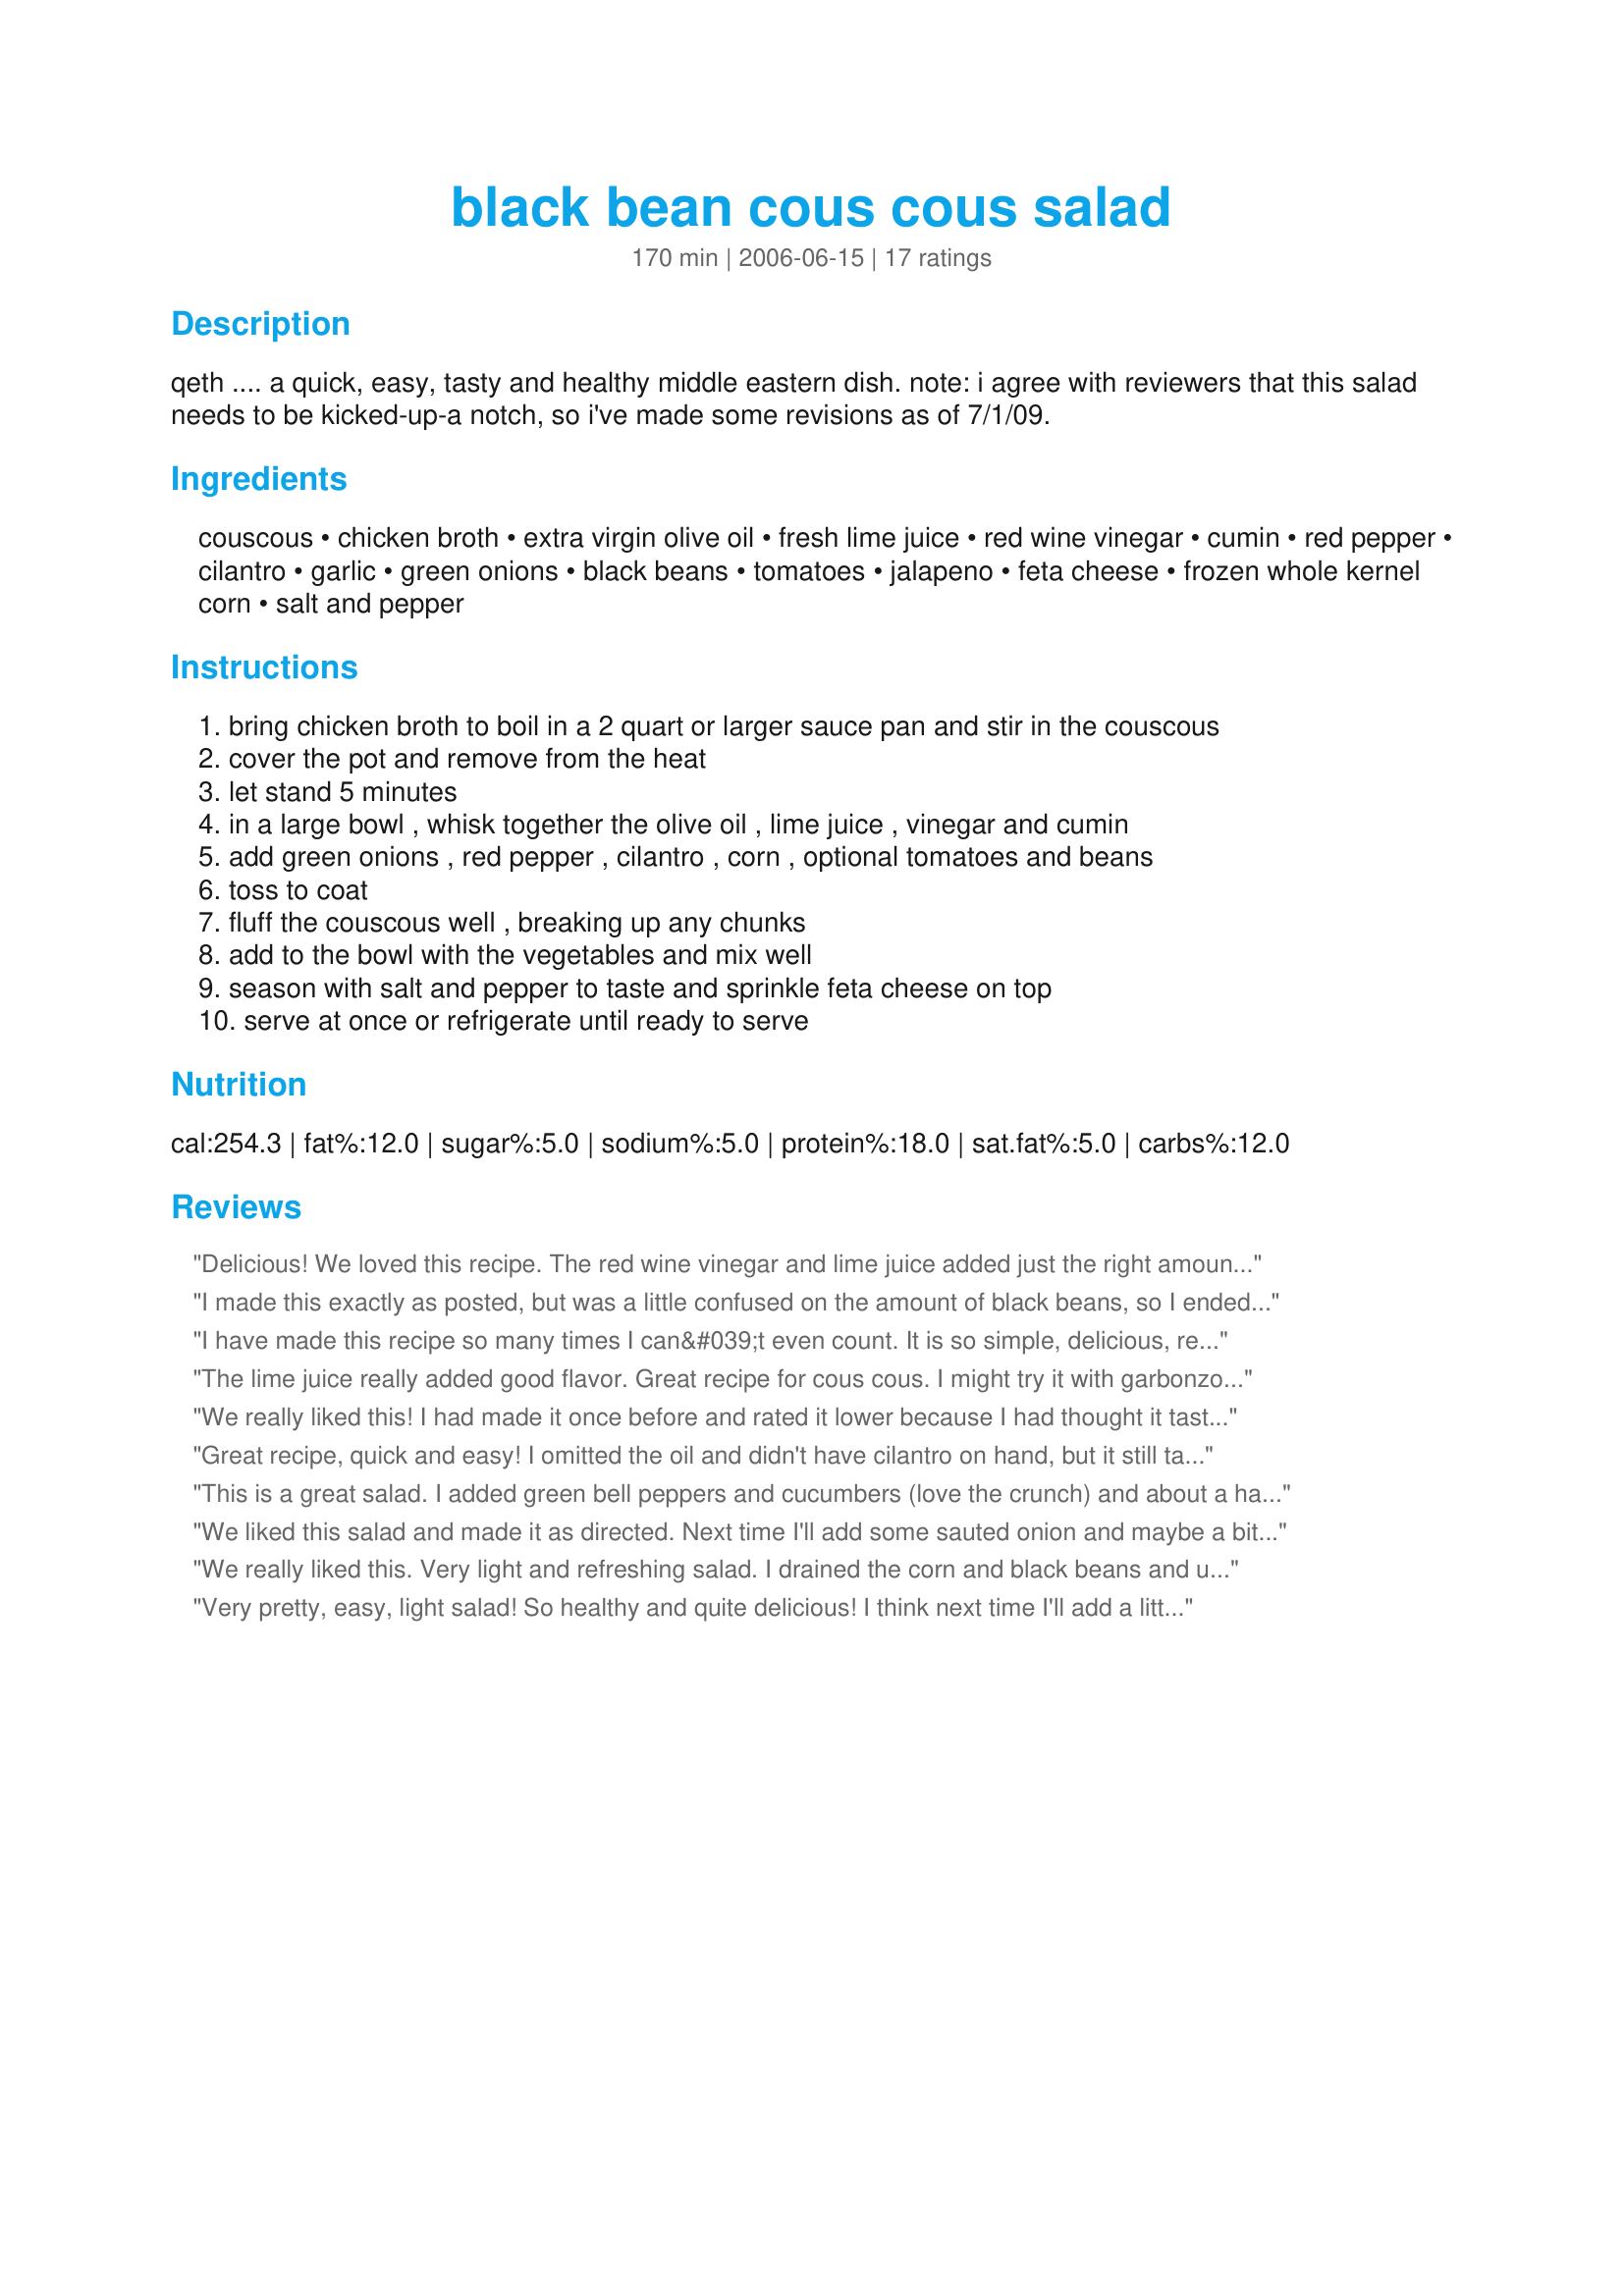
black bean cous cous salad
Preparation time: 170 minutes

qeth .... a quick, easy, tasty and healthy middle eastern dish. note: i agree with reviewers that this salad needs to be kicked-up-a notch, so i've made some revisions as of 7/1/09.

Ingredients:
couscous, chicken broth, extra virgin olive oil, fresh lime juice, red wine vinegar, cumin, red pepper, cilantro, garlic, green onions, black beans, tomatoes, jalapeno, feta cheese, frozen whole kernel corn, salt and pepper

Steps:
bring chicken broth to boil in a 2 quart or larger sauce pan and stir in the couscous
cover the pot and remove from the heat
let stand 5 minutes
in a large bowl , whisk together the olive oil , lime juice , vinegar and cumin
add green onions , red pepper , cilantro , corn , optional tomatoes and beans
toss to coat
fluff the couscous well , breaking up any chunks
add to the bowl with the vegetables and mix well
season with salt and pepper to taste and sprinkle feta cheese on top
serve at once or refrigerate until ready to serve

Reviews:
Delicious! We loved this recipe. The red wine vinegar and lime juice added just the right amount of flavor. We forgot to put in the jalapeno, but did add feta and tomatoes.
I made this exactly as posted, but was a little confused on the amount of black beans, so I ended up using just one 16-oz. can. That seemed to be the right amount. I used tricolor couscous and ended up with a very colorful salad. I also added the tomato, jalapeno and feta. This made a nice lunch, and I'm sure I will be making this again. It would also be a good side dish at your next barbecue. Made for ZWT6.
I have made this recipe so many times I can&#039;t even count. It is so simple, delicious, refreshing, and SO healthy! I usually throw in ingredients that I have on hand, but the original recipe is my absolute favorite. Cilantro, red onions, cumin, corn, black beans.... mmm it is so tasty! Thank you for sharing!
The lime juice really added good flavor. Great recipe for cous cous. I might try it with garbonzo beans next time.
We really liked this! I had made it once before and rated it lower because I had thought it tasted bland, but not this time. It was just right. I added a few T. of parmesan cheese, and served it warm which are the only differences versus the first time I made it. Great stuff tonight- served with tequilla lime maranated chicken.
Great recipe, quick and easy! I omitted the oil and didn't have cilantro on hand, but it still tasted great. I did add the feta and used a few table spoons of salsa instead of tomatoes. Would definately make again.
This is a great salad. I added green bell peppers and cucumbers (love the crunch) and about a half bottle of robust italian salad dressing. It makes it 10 times tastier for those who think it may be bland.
We liked this salad and made it as directed. Next time I'll add some sauted onion and maybe a bit more vinegar and spices...I think it still could use more zip. Made for ZWT and a fellow Queen!
We really liked this. Very light and refreshing salad. I drained the corn and black beans and used canned tomatoes (drained). I used parmesan flavored couscous and it blended well with the other ingredients. Thanks for a quick and easy recipe!
Very pretty, easy, light salad! So healthy and quite delicious! I think next time I'll add a little less lime juice, however.
My daughter and I loved the flavor of this salad. Hubby thought it a little dry but also liked the flavor. I wonder if I shouldn't have drained the canned veggies? I might add some olive oil next time, but like it just as is. I think it will even be better the next day after the flavors have time to combine. Thanks for sharing a recipe I will likely make again.
We loved this light refreshing salad too....It was great to serve on a hot day and very eye appealing
This makes a fantastic side dish! I've also ate it alone for lunch and it's very filling!
This is a great side dish to serve with Ranch Chicken. I also add sauteed onion and garlic, and a touch of cumin. The family loves it! Easy enough for a weeknight side with out sacraficing taste.
I add Quinoa instead of couscous for the added protein and fiber. Yummy either way!
It was a little bland for me. I added parmesan cheese, some salt and a little lime seasoning I had to add more flavor. I also did extra cilantro. It wasn't very exciting.
Very nice salad! I didn't add jalapeno because I'm hoping my LO will eat it, if not next time I will. I'll try with quinoa too, great go-to side!
